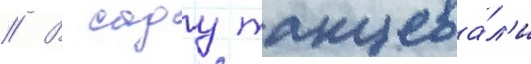
// В саду танцева́л'и